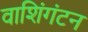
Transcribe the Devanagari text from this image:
वाशिंगंटन